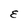
Character: E